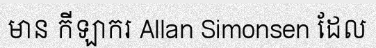
មាន កីឡាករ Allan Simonsen ដែល